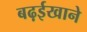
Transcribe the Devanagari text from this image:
बढ़ईखाने